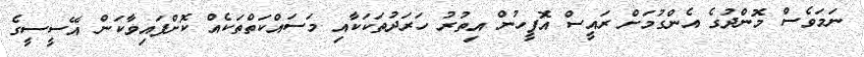
ނަމަވެސް މޮންދުގެ އެންގުމަށް ރައީސް އޮފީހުން އިތުރު ހަރަދުތަކަކާއި މަސައްކަތްތަކެއް ކޮށްފައިވާކަން އޭސީސީގެ